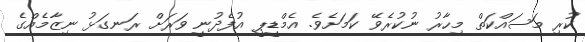
ކުރި މަސައްކަތް މިހާރު ނުކުރެވޭ ކަމަށެވެ. އެމްޑީޕީ އުފެދުނީ ވަރަށް ރަނގަޅު ނިޒާމެއްގެ